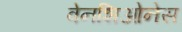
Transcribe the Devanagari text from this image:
वेनशिओनेस